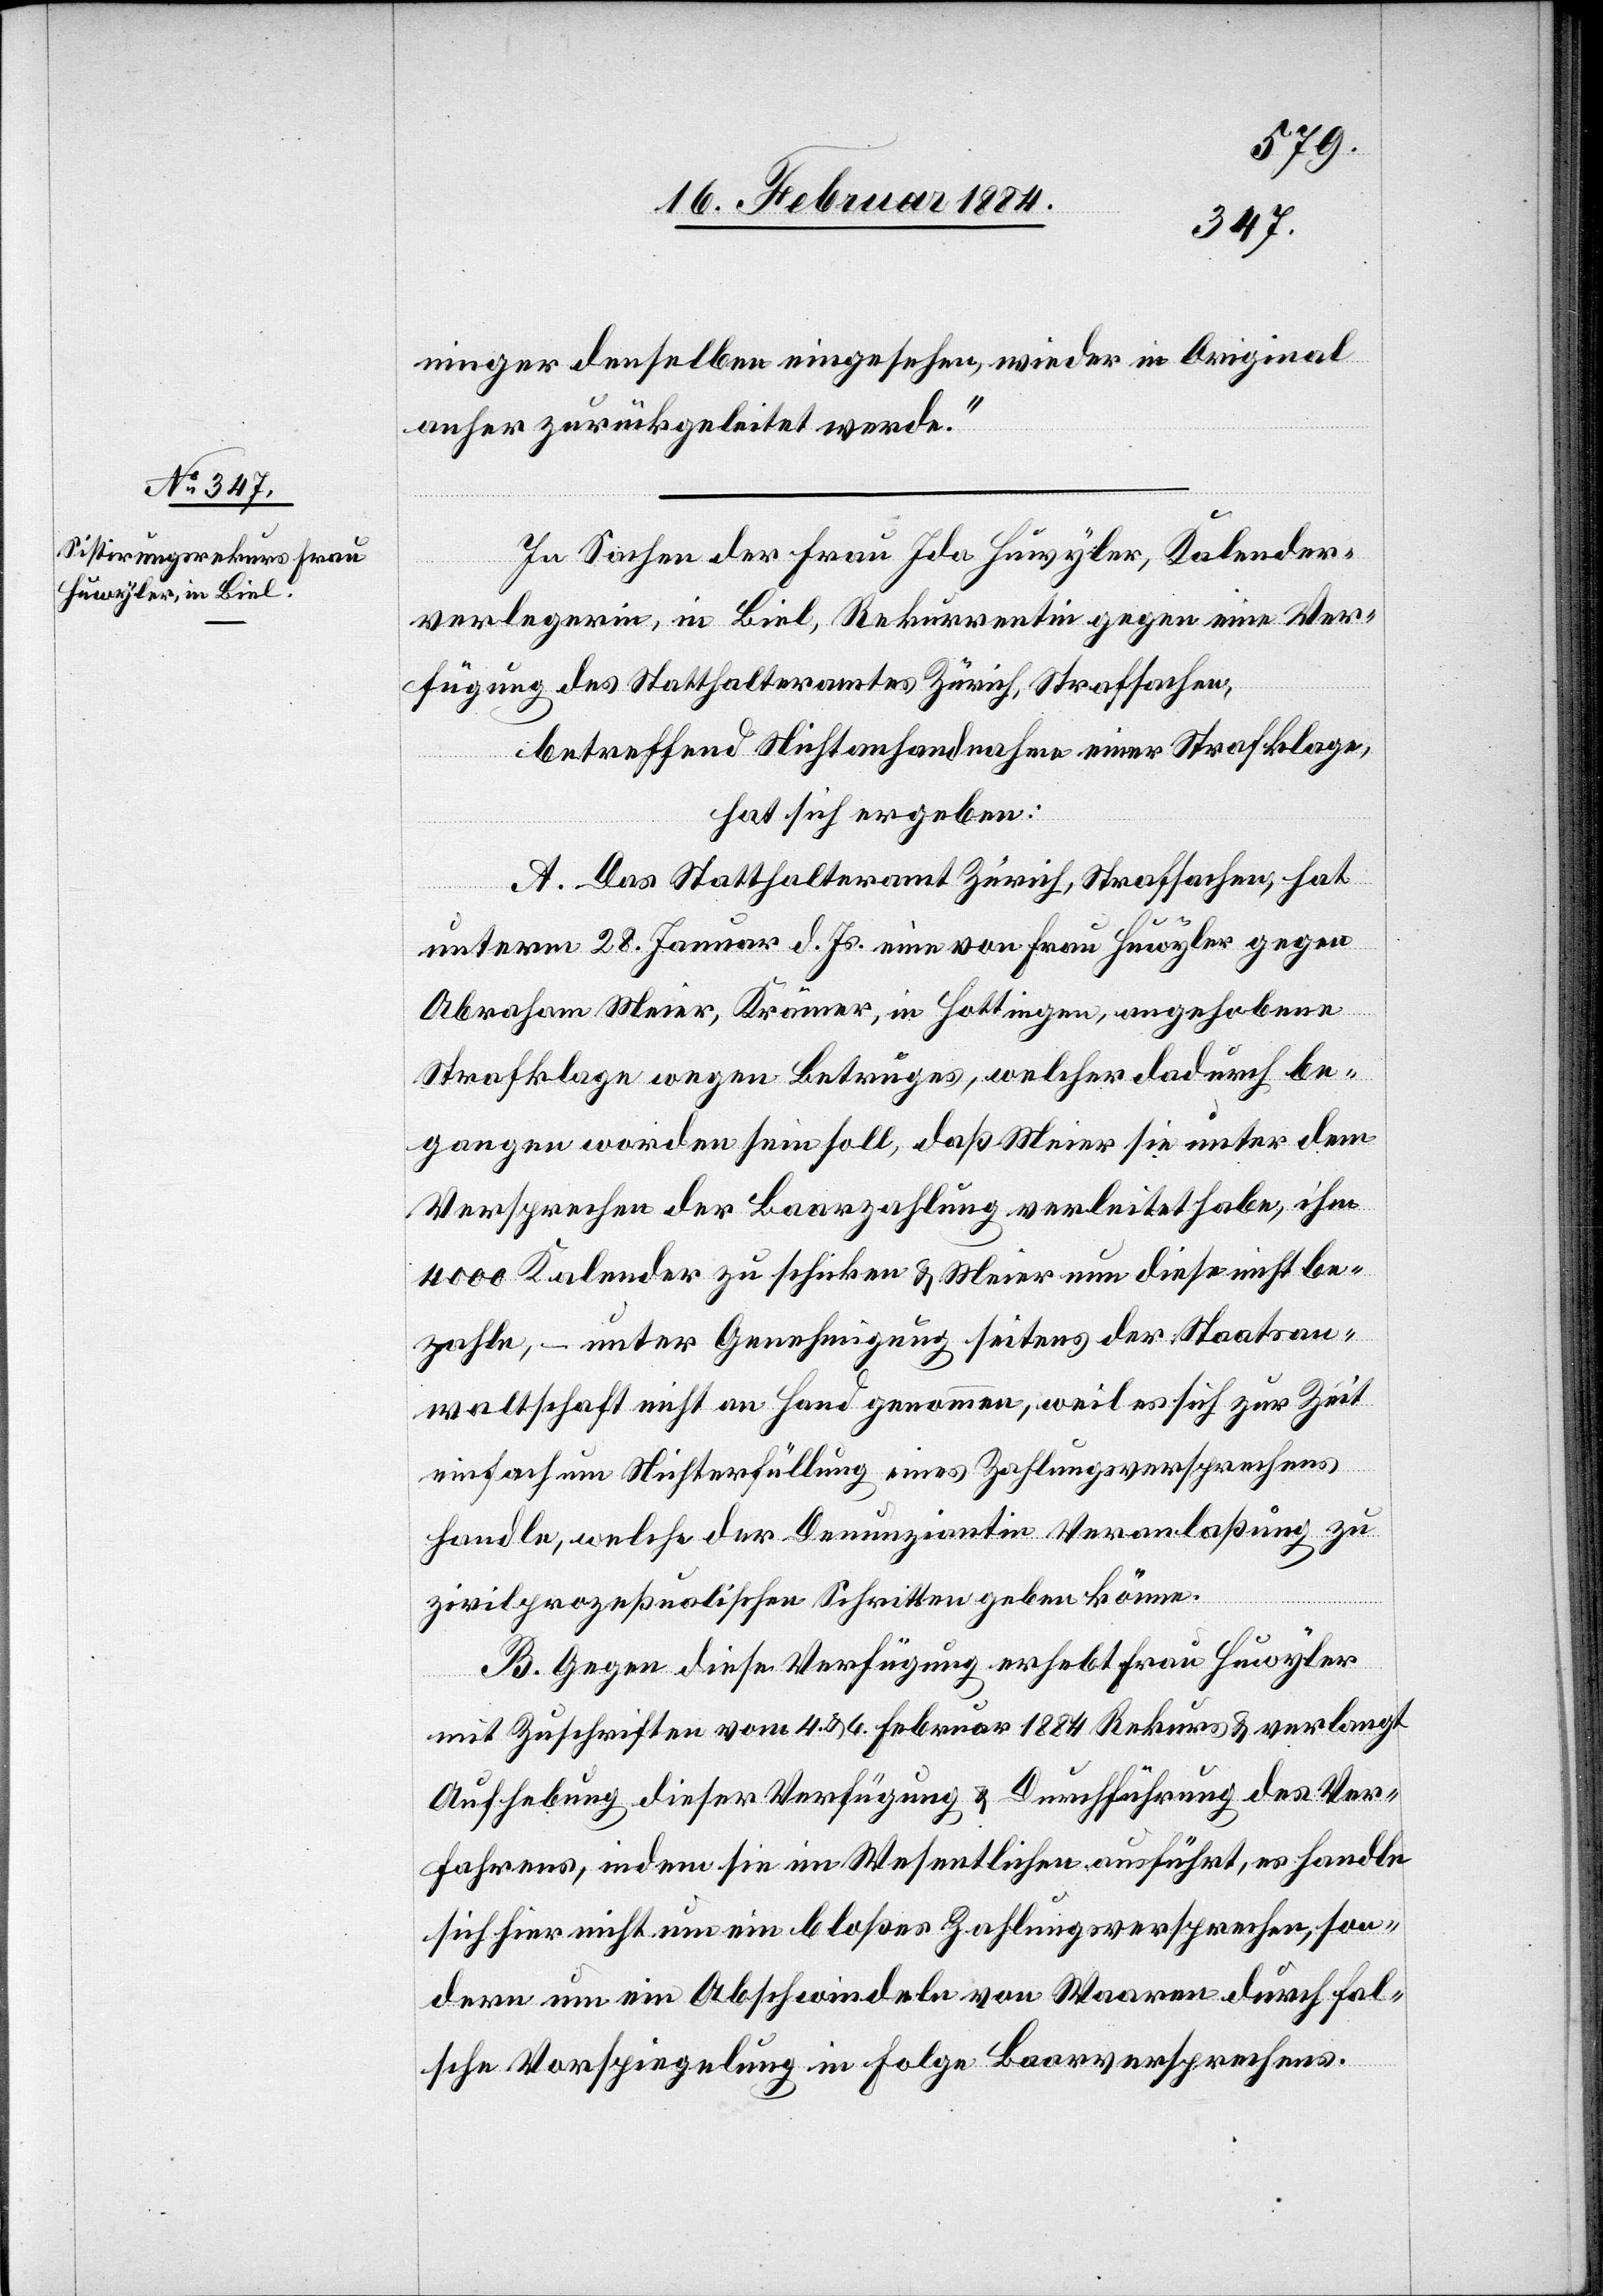
ninger denselben eingesehen, wieder im Original
anher zurückgeleitet werde.“
In Sachen der Frau Ida Huwyler, Kalender¬
verlegerin, in Biel, Rekurrentin gegen eine Ver¬
fügung des Statthalteramtes Zürich, Strafsachen,
betreffend Nichtanhandnahme einer Strafklage,
hat sich ergeben:
A. Das Statthalteramt Zürich, Strafsachen, hat
unterm 28. Januar d. Js. eine von Frau Huwyler gegen
Abraham Meier, Krämer, in Hottingen, angehobene
Strafklage wegen Betrugs, welcher dadurch be¬
gangen worden sein soll, daß Meier sie unter dem
Versprechen der Baarzahlung verleitet habe, ihm
4000 Kalender zu schicken & Meier nun diese nicht be¬
zahle, – unter Genehmigung seitens der Staatsan¬
waltschaft nicht an Hand genommen, weil es sich zur Zeit
einfach um Nichterfüllung eines Zahlungsversprechens
handle, welche der Denunziantin Veranlaßung zu
zivilprozeßualischen Schritten geben könne.
B. Gegen diese Verfügung erhebt Frau Huwyler
mit Zuschriften vom 4. & 6. Februar 1884 Rekurs & verlangt
Aufhebung dieser Verfügung & Durchführung des Ver¬
fahrens, indem sie im Wesentlichen anführt, es handle
sich hier nicht um ein bloßes Zahlungsversprechen, son¬
dern um ein Abschwindeln von Waaren durch fal¬
sche Vorspiegelung in Folge Baarversprechens.